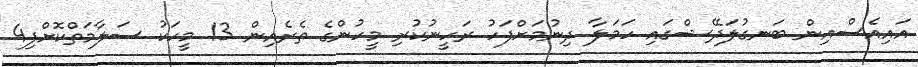
އައިއެސްއިން ބަނގުލަދޭޝްގައި ހަމަލާ ދިނުމަށްފަހު ރަހީނުކުރި މީހުންގެ ތެރެއިން 13 މީހަކު ސަލާމަތްކޮށްފި4